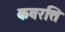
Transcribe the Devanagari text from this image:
कवरत्ति